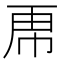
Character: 𮓜